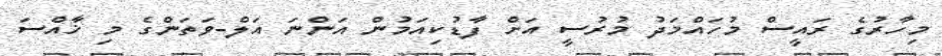
މިހާރުގެ ރައީސް މުހައްމަދު މުރުސީ އަށް ފާޑުކިއަމުން އަންނަ އަލް-ވަތަންގެ މި ޚާއްސަ